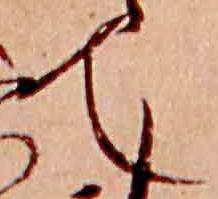
て